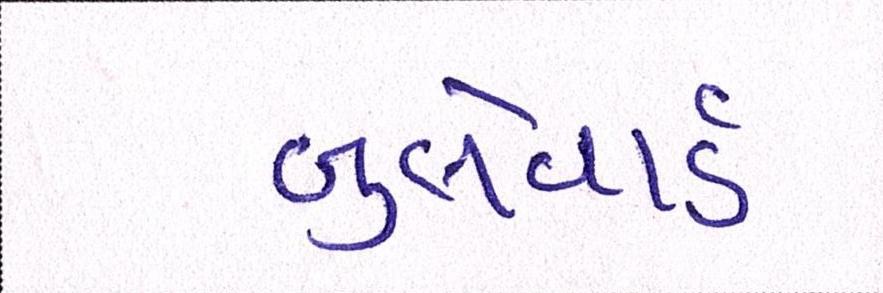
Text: બુલેવાર્ડ